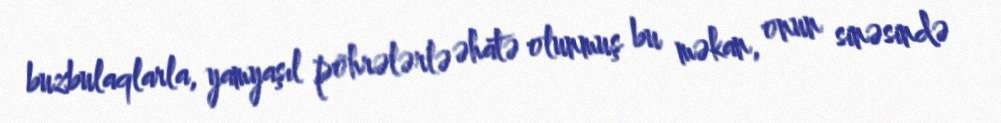
buzbulaqlarla, yamyaşıl pöhrələrlə əhatə olunmuş bu məkan, onun sinəsində